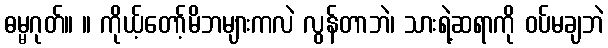
ဓမ္မဂုတ်။ ။ ကိုယ့်တော့်မိဘများကလဲ လွန်တာဘဲ၊ သားရဲ့ဆရာကို ဝပ်မချဘဲ